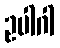
ဥပါဂါ